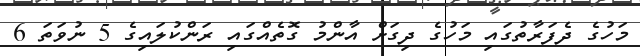
މަހުގެ ދެފަރާތުގައި މަހުގެ ދިގަށް އާންމު ގޮތެއްގައި ރަންކުލައިގެ 5 ނުވަތަ 6